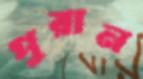
পুরান